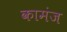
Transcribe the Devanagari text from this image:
कामंज